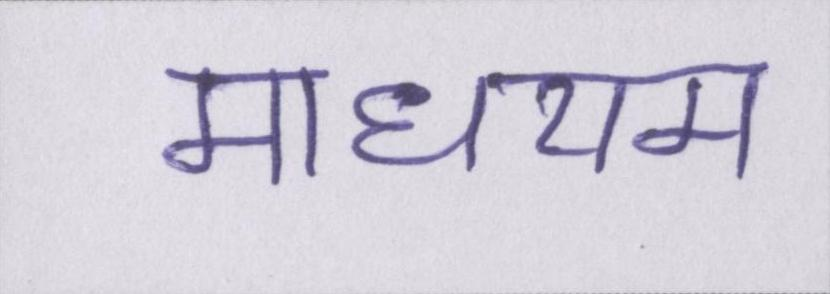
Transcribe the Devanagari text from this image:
माधयम